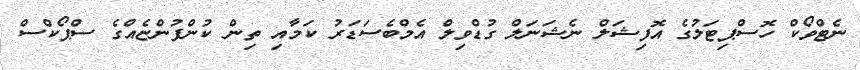
ނެޓްވޯކް ހޮސްޕިޓަލުގެ އޮފިޝަލް ނެޝަނަލް ގުޑްވިލް އެމްބެސަޑަރު ކަމާއި ތިން ކުންފުންޏެއްގެ ސްޕޯކްސް